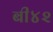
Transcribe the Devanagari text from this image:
बी४२